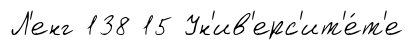
Л'енг 138 15 Ун'ив'ерс'ит'е́т'е